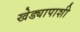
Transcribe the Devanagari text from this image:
खेड्यापाशी